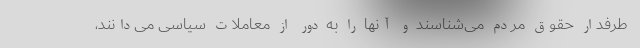
طرفدار حقوق مردم می‌شناسند و آنها را به دور از معاملات سیاسی می‌دانند،